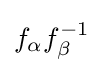
f_{\alpha }f_{\beta }^{-1}